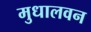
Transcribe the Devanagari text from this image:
मुधालवन